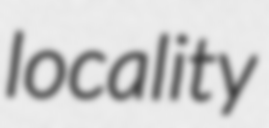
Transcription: locality